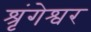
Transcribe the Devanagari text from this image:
श्रृंगेश्वर